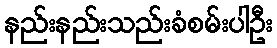
နည်းနည်းသည်းခံစမ်းပါဦး